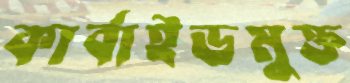
কার্বাইডমুক্ত